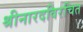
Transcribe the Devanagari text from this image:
श्रीनारदविरचित